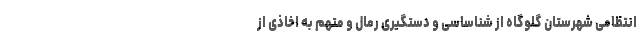
انتظامی شهرستان گلوگاه از شناساسی و دستگیری رمال و متهم به اخاذی از